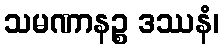
သမဏာနဉ္စ ဒဿနံ၊